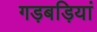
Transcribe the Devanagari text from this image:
गड़बड़ियां